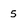
Character: 5